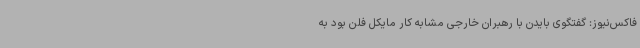
فاکس‌نیوز: گفتگوی بایدن با رهبران خارجی مشابه کار مایکل فلن بود به